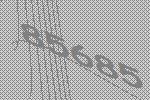
85685